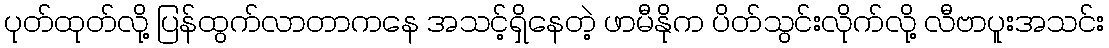
ပုတ်ထုတ်လို့ ပြန်ထွက်လာတာကနေ အသင့်ရှိနေတဲ့ ဖာမီနိုက ပိတ်သွင်းလိုက်လို့ လီဗာပူးအသင်း